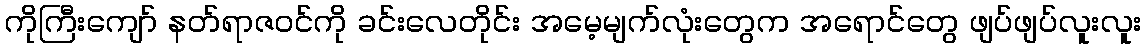
ကိုကြီးကျော် နတ်ရာဇဝင်ကို ခင်းလေတိုင်း အမေ့မျက်လုံးတွေက အရောင်တွေ ဖျပ်ဖျပ်လူးလူး